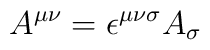
A^{\mu\nu} = \epsilon^{\mu\nu\sigma} A_\sigma